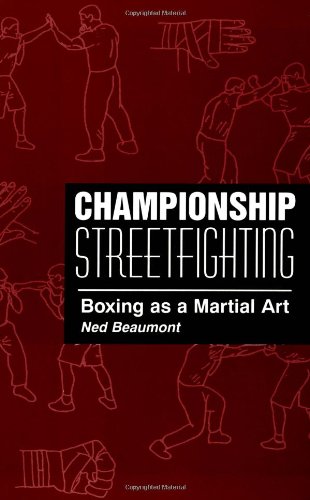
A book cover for Championship Streetfighting: Boxing As A Martial Art; Ned Beaumont; Sports & Outdoors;